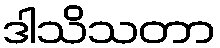
ဒါသိသတာ